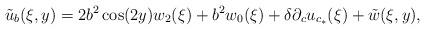
LaTeX: \begin{align*}\tilde{u}_b(\xi,y) = 2 b^2 \cos(2y) w_2(\xi) + b^2 w_0(\xi) + \delta \partial_c u_{c_*}(\xi) + \tilde{w}(\xi,y),\end{align*}